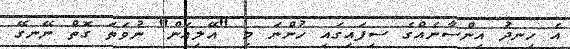
އެ ހިނދު އިންސާނެއްގެ ސިފައިގައި ހުންނަ މި "އޭލިއަން" ނުވަތަ ގޮތް ނޭނގޭ